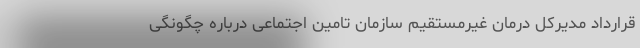
قرارداد مدیرکل درمان غیرمستقیم سازمان تامین اجتماعی درباره چگونگی